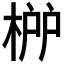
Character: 𣓠